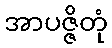
အာပဇ္ဇိတုံ